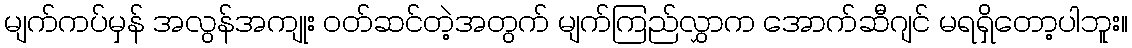
မျက်ကပ်မှန် အလွန်အကျုး ဝတ်ဆင်တဲ့အတွက် မျက်ကြည်လွှာက အောက်ဆီဂျင် မရရှိတော့ပါဘူး။